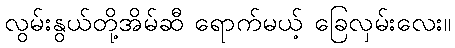
လွမ်းနွယ်တို့အိမ်ဆီ ရောက်မယ့် ခြေလှမ်းလေး။